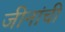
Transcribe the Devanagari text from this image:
जीनांची